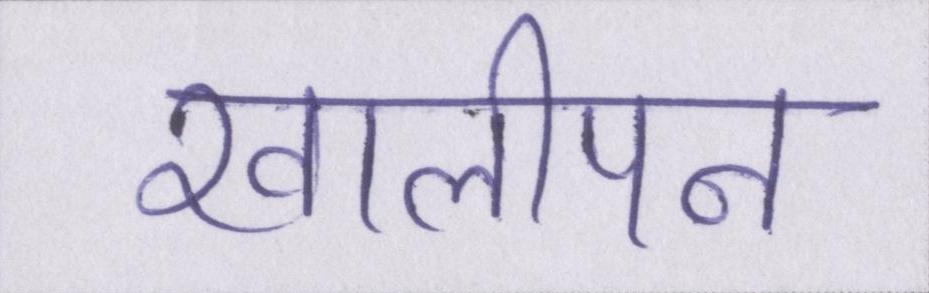
खालीपन